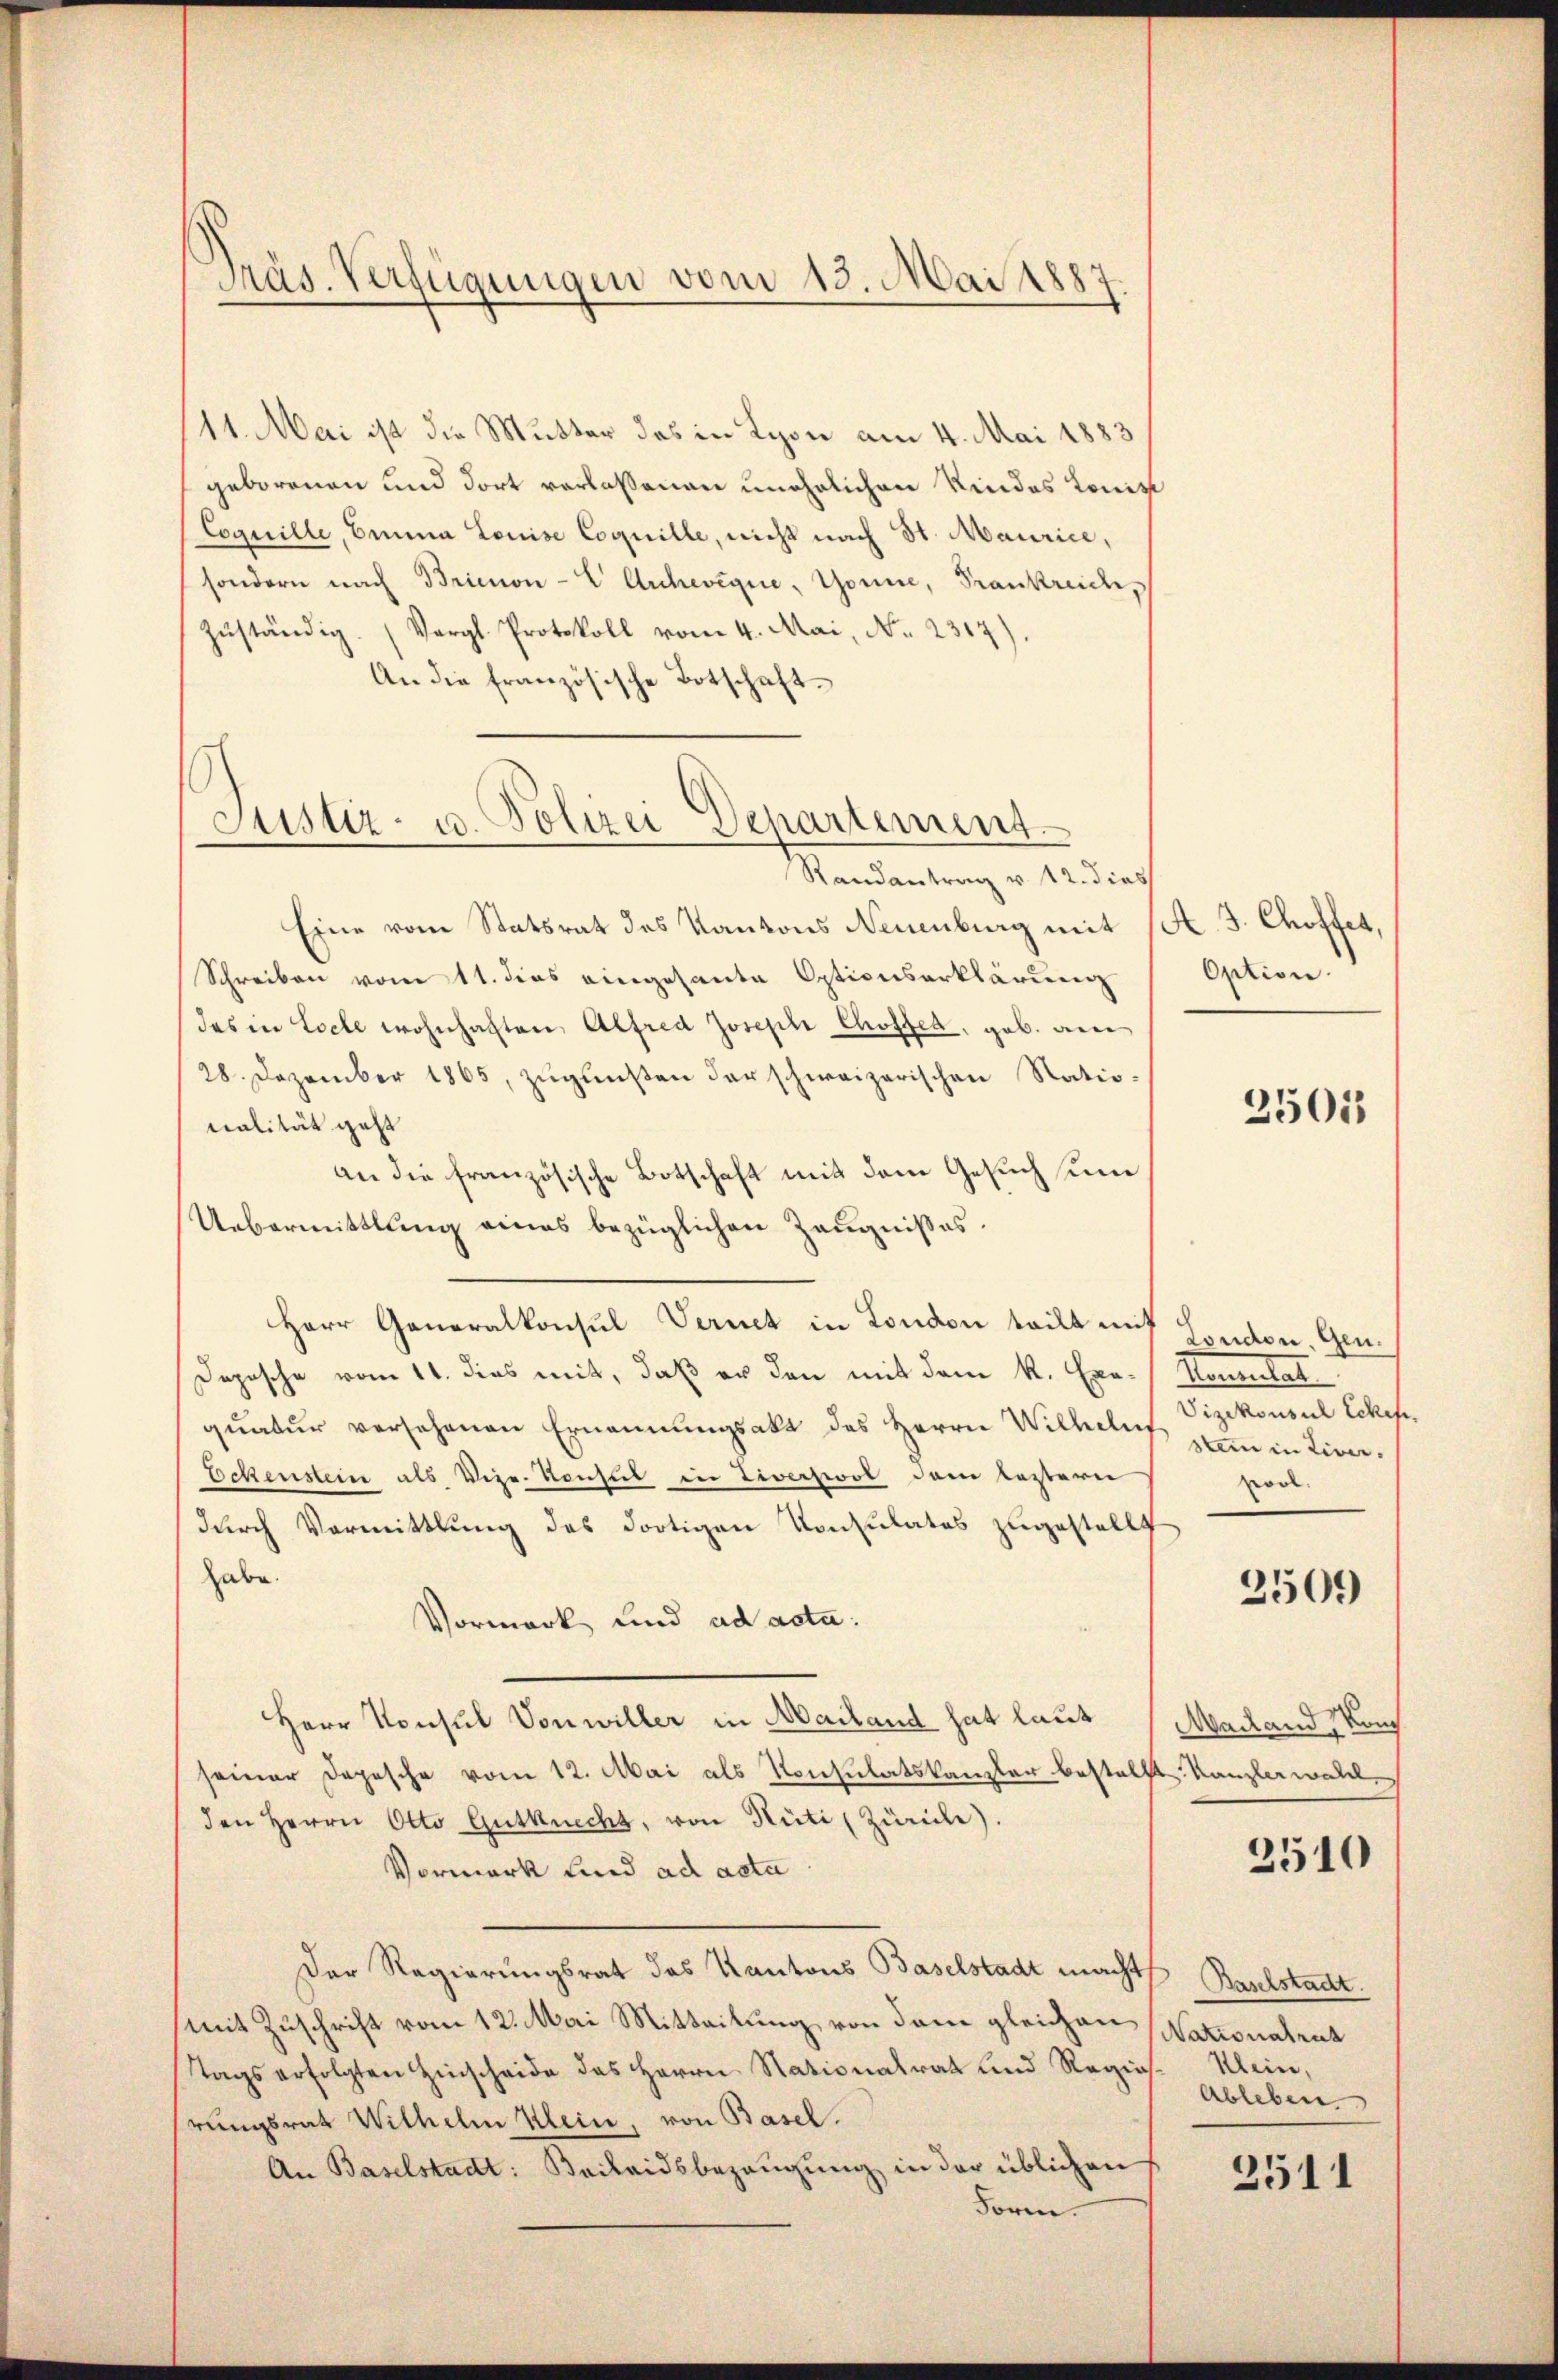
Präs. Verfügungen vom 18. Mai 1887

(11. Mai ist die Mutter des in Lyon am 4. Mai 1883
geborenen und dort verlassenen unehelichen Kindes Konist
Coquille, Einna Louise Coquille, nicht nach St. Maurice,
sondern nach Brienon-E Anhevigue, Gonie, Frankreich,
zŭständig. (Vergl. Protokoll vom 4. Mai, No. 2317).
An die französische Botschaft¬
Randantrag v. 12. dies
Eine vom Statsrat des Kantons Neuenburg mit 1 S. 3. Choffet,
Schreiben vom 11. dies eingesante Optionserklärung
das in Loche wohnhaften Alfred Joseph Chroffer, geb. am
28. Dezember 1865, zugunsten der schweizerischen Natio¬
Malität geht
an die französische Botschaft mit dem Gesuch um
Uebermittlung eines bezüglichen Zeugnißes,
Herr Generalkonsul Vernet in London teilt mit London, Gen¬
Dopische vom 11. dies mit, daß er den mit dem R. Exequatur versehenen Ernennungsakt des Herrn Wilhelus
Echenstein als Vize-Konsul in Liverswol dem leztere
durch Vormittlung des dortigen Konsulates zugestellt
habe.
Vormerk und ad acta:
Herr Konsul Vonwiller in Mailand hat laut
seiner Depesche vom 12. Mai als Konsulatskanzler bestellt Kanzlerwal
den Herrn Otto Gutknecht, von Rüti (Zürich).
Vormerk und ad acta
Der Regierungsrat das Kantons Baselstadt macht,
mit Zuschrift vom 12. Mai Mitteilung von dem gleichen
tags erfolgten Hinscheide des Herrn Nationalrat und Regierungsrath Wilhelm Klein, von Basel.
An Baselstadt: Beilaidsbezeugung in der üblichen
Form.

Justiz- u. Polizei Departement

Option.

2505

Samentat
Vizekonsul Ecken.
stein in Liver- |
vool

2509

Macland Kons

2510

Baselstadt.
Nationalrat
Klein,
Ableben.

2511